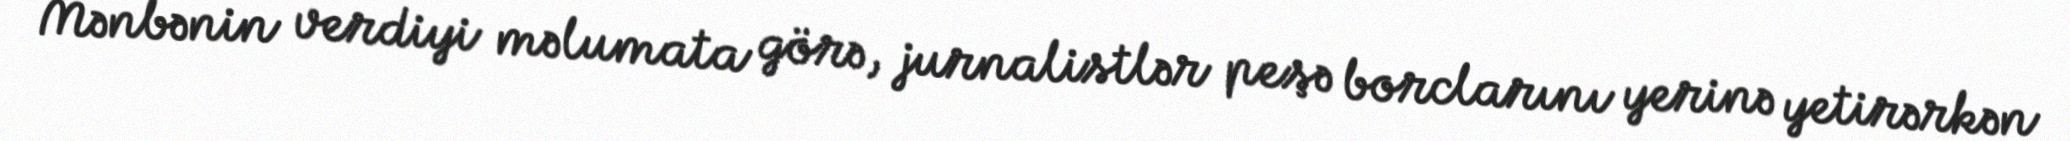
Mənbənin verdiyi məlumata görə, jurnalistlər peşə borclarını yerinə yetirərkən